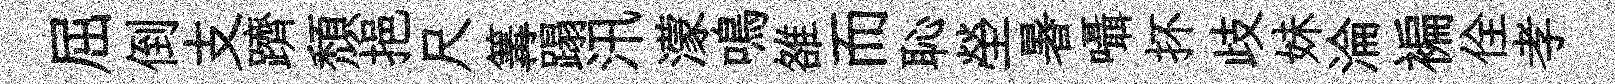
屈倒支躋頹挹尺篝蹋汛濛鳴雒而恥塋暑囁抔歧妹淪褊佺孝